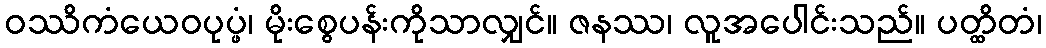
ဝဿိကံယေဝပုပ္ဖံ၊ မိုးစွေပန်းကိုသာလျှင်။ ဇနဿ၊ လူအပေါင်းသည်။ ပတ္ထိတံ၊